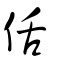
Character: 佸